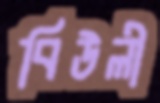
বিউলী